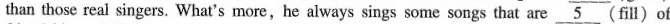
han those real singers. What's more,he always sings some songs that are \underline{5}(fill)of